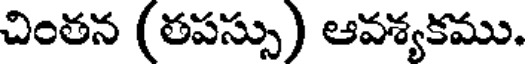
చింతన (తపస్సు) ఆవశ్యకము.